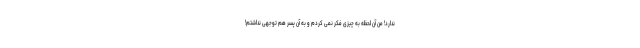
ندارد! من آن لحظه به چیزی فکر نمی کردم و به آن پسر هم توجهی نداشتم!